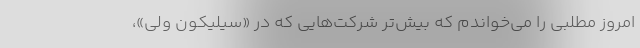
امروز مطلبی را می‌خواندم که بیش‌تر شرکت‌هایی که در «سیلیکون ولی»،